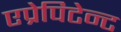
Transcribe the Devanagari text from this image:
एप्रेपिटेन्ट